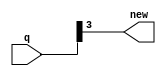
module isolate(q, new);
	input [3:0] q;
	output new;
	
	assign new = q[3];
endmodule